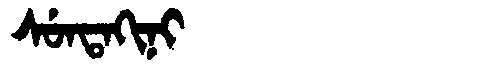
Manchu: ᠰᡠᠨᡨᠠᡴᡳᠨᡳ
Romanization: SUNTAKINI